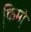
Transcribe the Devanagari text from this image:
कि़मी़